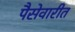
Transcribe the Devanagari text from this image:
पैसेवारीत